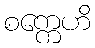
စက္ကေဟိ